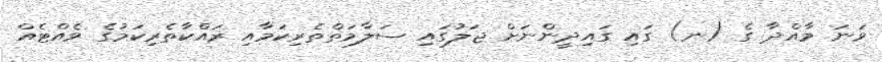
ވަނަ މާއްދާ ގެ (ނ) ގައި ގައިދީންނަށް ޖަލުގައި ސަލާމަތްތެރިކަމާއި ރައްކާތެރިކަމުގެ ވެއްޓެއް